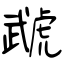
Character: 虣